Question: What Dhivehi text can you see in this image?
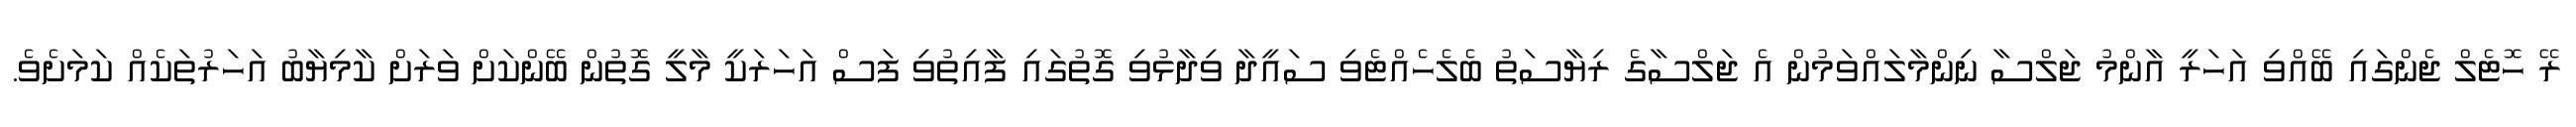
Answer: ރޭ ހޮޓެލް ޖެންގައި ބޭއްވި އަހަރީ އާންމު ޖަލްސާ ނިންމާލައްވަމުން އެ ޖަލްސާގެ ރިޔާސަތު ބެލެހެއްޓެވި ސައީދާ ވިދާޅުވި ގޮތުގައި ފާއިތުވި ފަސް އަހަރަކީ މާލީ ގޮތުން ބޭންކަށް ވަރަށް ކާމިޔާބު އަހަރުތަކެއް ކަމަށެވެ.